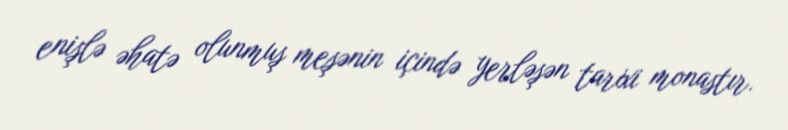
enişlə əhatə olunmuş meşənin içində yerləşən tarixi monastır.